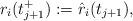
LaTeX: \begin{align*}r_i(t_{j+1}^+):=\hat r_i(t_{j+1}),\end{align*}